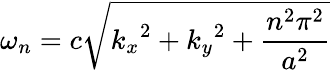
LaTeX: \omega_{n}=c{\sqrt{{k_{x}}^{2}+{k_{y}}^{2}+{\frac{n^{2}\pi^{2}}{a^{2}}}}}